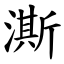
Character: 澌